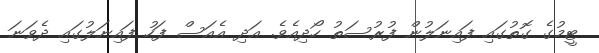
ޓީމުގެ ގޮތުގައި ފައިނަލުން ފުރުސަތު ހޯދިއެވެ. އަދި އެއަސް ފަހު ފައިނަލުގައި ދެވަނަ